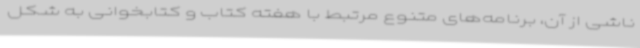
ناشی از آن، برنامه‌های متنوع مرتبط با هفته کتاب و کتابخوانی به شکل